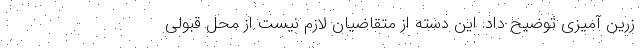
زرین آمیزی توضیح داد: این دسته از متقاضیان لازم نیست از محل قبولی